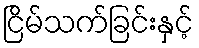
ငြိမ်သက်ခြင်းနှင့်